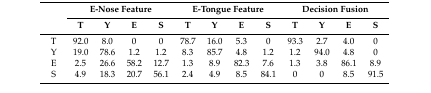
| <ROWSPAN=2>  | <COLSPAN=4> E-Nose Feature | <COLSPAN=4> E-Tongue Feature | <COLSPAN=4> Decision Fusion |
 | T | Y | E | S | T | Y | E | S | T | Y | E | S |
 | --- | --- | --- | --- | --- | --- | --- | --- | --- | --- | --- | --- | --- |
 | T | 92.0 | 8.0 | 0 | 0 | 78.7 | 16.0 | 5.3 | 0 | 93.3 | 2.7 | 4.0 | 0 |
 | Y | 19.0 | 78.6 | 1.2 | 1.2 | 8.3 | 85.7 | 4.8 | 1.2 | 1.2 | 94.0 | 4.8 | 0 |
 | E | 2.5 | 26.6 | 58.2 | 12.7 | 1.3 | 8.9 | 82.3 | 7.6 | 1.3 | 3.8 | 86.1 | 8.9 |
 | S | 4.9 | 18.3 | 20.7 | 56.1 | 2.4 | 4.9 | 8.5 | 84.1 | 0 | 0 | 8.5 | 91.5 |